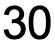
30